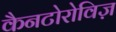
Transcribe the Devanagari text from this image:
कैनटोरोविज़